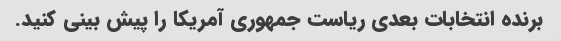
برنده انتخابات بعدی ریاست جمهوری آمریکا را پیش بینی کنید.